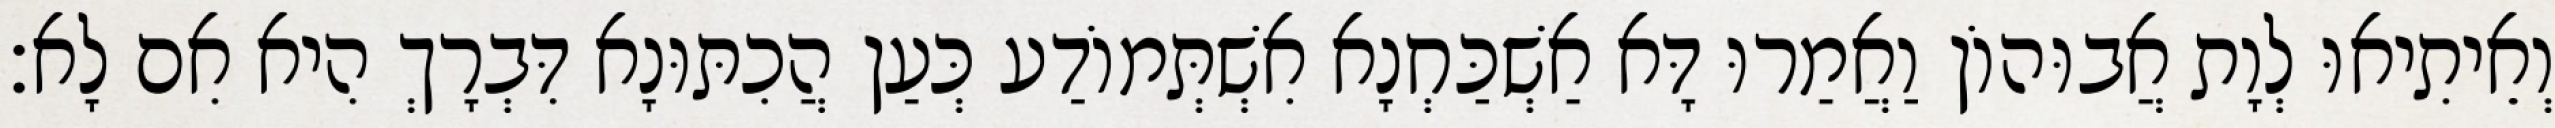
וְאֵיתִיאוּ לְוָת אֲבוּהוֹן וַאֲמַרוּ דָּא אַשְׁכַּחְנָא אִשְׁתְּמוֹדַע כְּעַן הֲכִתּוּנָא דִּבְרָךְ הִיא אִם לָא׃